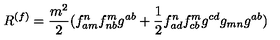
R ^ { ( f ) } = \frac { m ^ { 2 } } { 2 } ( f _ { a m } ^ { n } f _ { n b } ^ { m } g ^ { a b } + \frac 1 2 f _ { a d } ^ { n } f _ { c b } ^ { m } g ^ { c d } g _ { m n } g ^ { a b } )